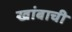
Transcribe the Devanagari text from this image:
खांबाची